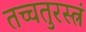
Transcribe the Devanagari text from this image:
तच्चतुरस्त्रं